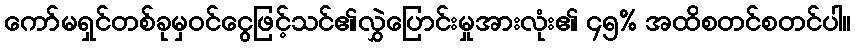
ကော်မရှင်တစ်ခုမှဝင်ငွေဖြင့်သင်၏လွှဲပြောင်းမှုအားလုံး၏ ၄၅% အထိစတင်စတင်ပါ။